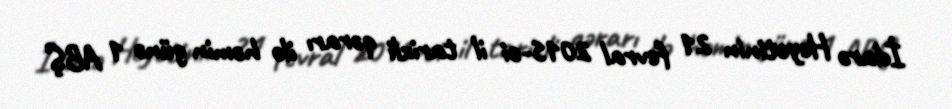
İdarə Heyətinin 21 fevral 2015-ci il tarixli qərarı ilə həmin günə 1 ABŞ